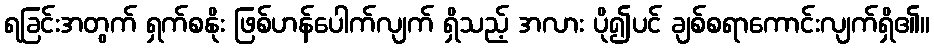
ရခြင်းအတွက် ရှက်စနိုး ဖြစ်ဟန်ပေါက်လျက် ရှိသည့် အလား ပို၍ပင် ချစ်စရာကောင်းလျက်ရှိ၏။